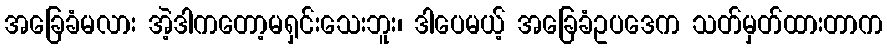
အခြေခံမလား အဲ့ဒါကတော့မရှင်းသေးဘူး၊ ဒါပေမယ့် အခြေခံဥပဒေက သတ်မှတ်ထားတာက